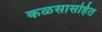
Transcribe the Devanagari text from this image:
कळसासहित